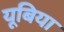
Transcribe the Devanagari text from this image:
यूबिया